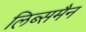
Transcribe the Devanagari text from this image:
लिब्समैन